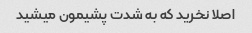
اصلا نخرید که به شدت پشیمون میشید